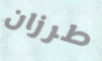
طرزان